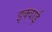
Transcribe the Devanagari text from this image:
इक्वाई